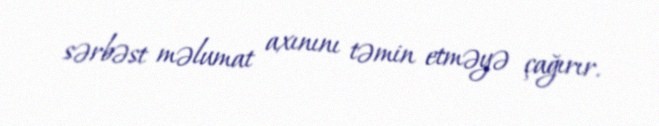
sərbəst məlumat axınını təmin etməyə çağırır.